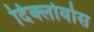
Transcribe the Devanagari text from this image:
दिक्लोर्वोस